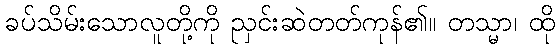
ခပ်သိမ်းသောလူတို့ကို ညှင်းဆဲတတ်ကုန်၏။ တသ္မာ၊ ထို